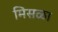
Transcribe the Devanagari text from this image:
मिसळा